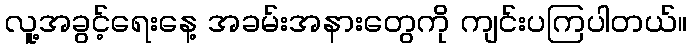
လူ့အခွင့်ရေးနေ့ အခမ်းအနားတွေကို ကျင်းပကြပါတယ်။